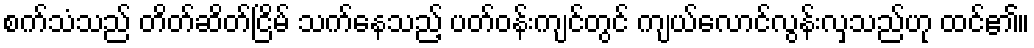
စက်သံသည် တိတ်ဆိတ်ငြိမ် သက်နေသည့် ပတ်ဝန်းကျင်တွင် ကျယ်လောင်လွန်းလှသည်ဟု ထင်၏။